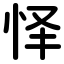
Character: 怿